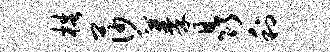
梏莎蓁晶利